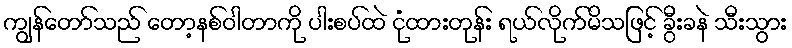
ကျွန်တော်သည် တော့နစ်ဝါတာကို ပါးစပ်ထဲ ငုံထားတုန်း ရယ်လိုက်မိသဖြင့် ခွီးခနဲ သီးသွား